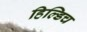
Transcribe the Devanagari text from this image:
हिल्डिच